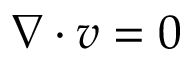
\nabla \cdot v = 0